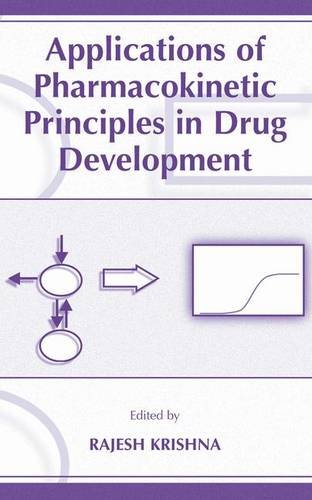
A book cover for Applications of Pharmacokinetic Principles in Drug Development; Medical Books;